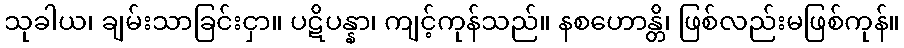
သုခါယ၊ ချမ်းသာခြင်းငှာ။ ပဋိပန္နာ၊ ကျင့်ကုန်သည်။ နစဟောန္တိ၊ ဖြစ်လည်းမဖြစ်ကုန်။